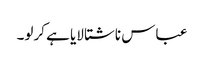
عباس ناشتا لایا ہے کرلو۔